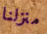
منزلنا